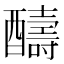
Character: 醻